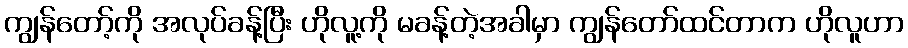
ကျွန်တော့်ကို အလုပ်ခန့်ပြီး ဟိုလူ့ကို မခန့်တဲ့အခါမှာ ကျွန်တော်ထင်တာက ဟိုလူဟာ